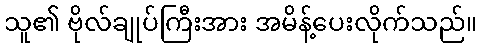
သူ၏ ဗိုလ်ချုပ်ကြီးအား အမိန့်ပေးလိုက်သည်။